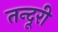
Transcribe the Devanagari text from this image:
तन्दूरी